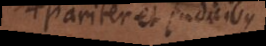
pariter et judicibus